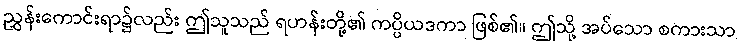
ညွှန်းကောင်းရာ၌လည်း ဤသူသည် ရဟန်းတို့၏ ကပ္ပိယဒကာ ဖြစ်၏။ ဤသို့ အပ်သော စကားသာ